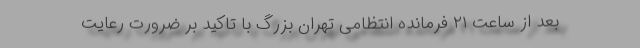
بعد از ساعت ۲۱ فرمانده انتظامی تهران بزرگ با تاکید بر ضرورت رعایت